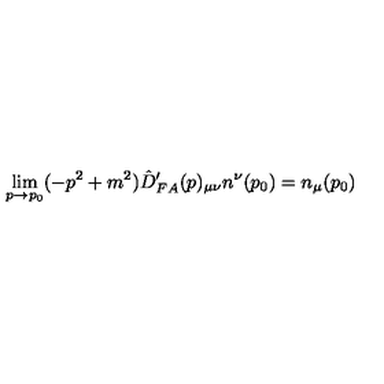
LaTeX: \lim _ { p \rightarrow p _ { 0 } } ( - p ^ { 2 } + m ^ { 2 } ) \hat { D } _ { F A } ^ { \prime } ( p ) _ { \mu \nu } n ^ { \nu } ( p _ { 0 } ) = n _ { \mu } ( p _ { 0 } )